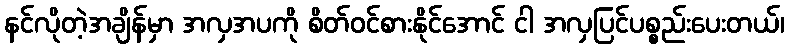
နင်လိုတဲ့အချိန်မှာ အလှအပကို စိတ်ဝင်စားနိုင်အောင် ငါ အလှပြင်ပစ္စည်းပေးတယ်၊